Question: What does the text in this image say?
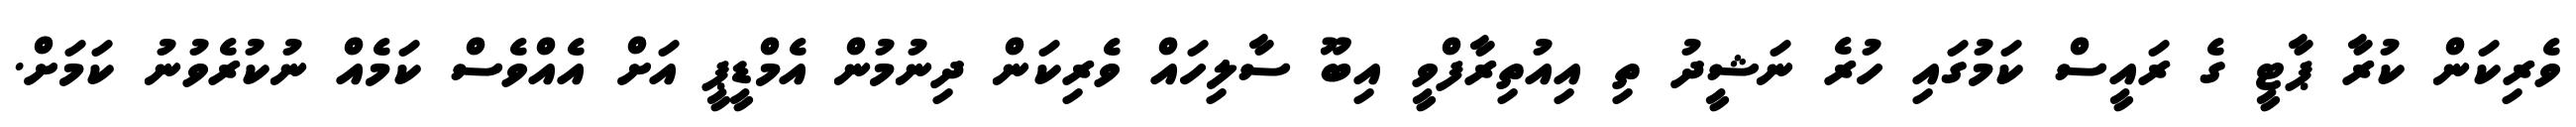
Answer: ވެރިކަން ކުރާ ޕާޓީ ގެ ރައީސް ކަމުގައި ހުރެ ނަޝީދު ތި އިއުތިރާފްވީ އިބޫ ސާލިހައް ވެރިކަން ދިނުމުން އެމްޑީޕީ އަށް އެއްވެސް ކަމެއް ނުކުރެވުނު ކަމަށް.